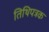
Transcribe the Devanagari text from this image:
तिथिपत्रक